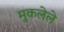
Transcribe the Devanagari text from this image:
मुकलेले